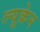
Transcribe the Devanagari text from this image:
ल्यूक्रेन